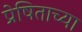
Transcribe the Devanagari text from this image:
प्रेषिताच्या